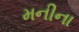
મનીના